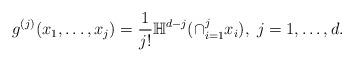
LaTeX: \begin{align*} g^{(j)}(x_{1},\ldots,x_{j})=\frac{1}{j!}\mathbb{H}^{d-j} (\cap_{i=1}^{j} x_{i} ),\; j=1,\dots ,d.\end{align*}